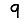
Digit: 9